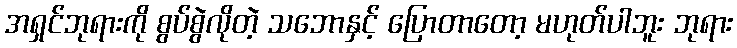
အရှင်ဘုရားကို စွပ်စွဲလိုတဲ့ သဘောနှင့် ပြောတာတော့ မဟုတ်ပါဘူး ဘုရား